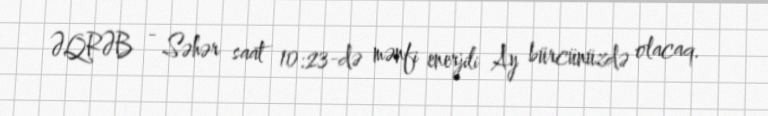
ƏQRƏB - Səhər saat 10:23-də mənfi enerjili Ay bürcünüzdə olacaq.